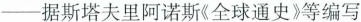
——据斯塔夫里阿诺斯《全球通史》等编写